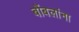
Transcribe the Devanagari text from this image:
बोंबलांना